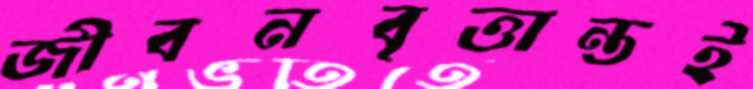
জীবনবৃত্তান্তই